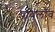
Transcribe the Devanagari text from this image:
पावलॉव